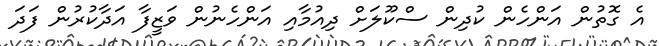
އެ ގޮތުން އަންހެން ކުދިން ސްކޫލަށް ދިއުމާއިި އަންހެނުން ވަޒީފާ އަދާކުރުން ފަދަ